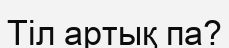
Тіл артық па?